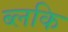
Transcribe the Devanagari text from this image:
ब्लकि